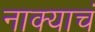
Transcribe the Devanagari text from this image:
नाक्याचं